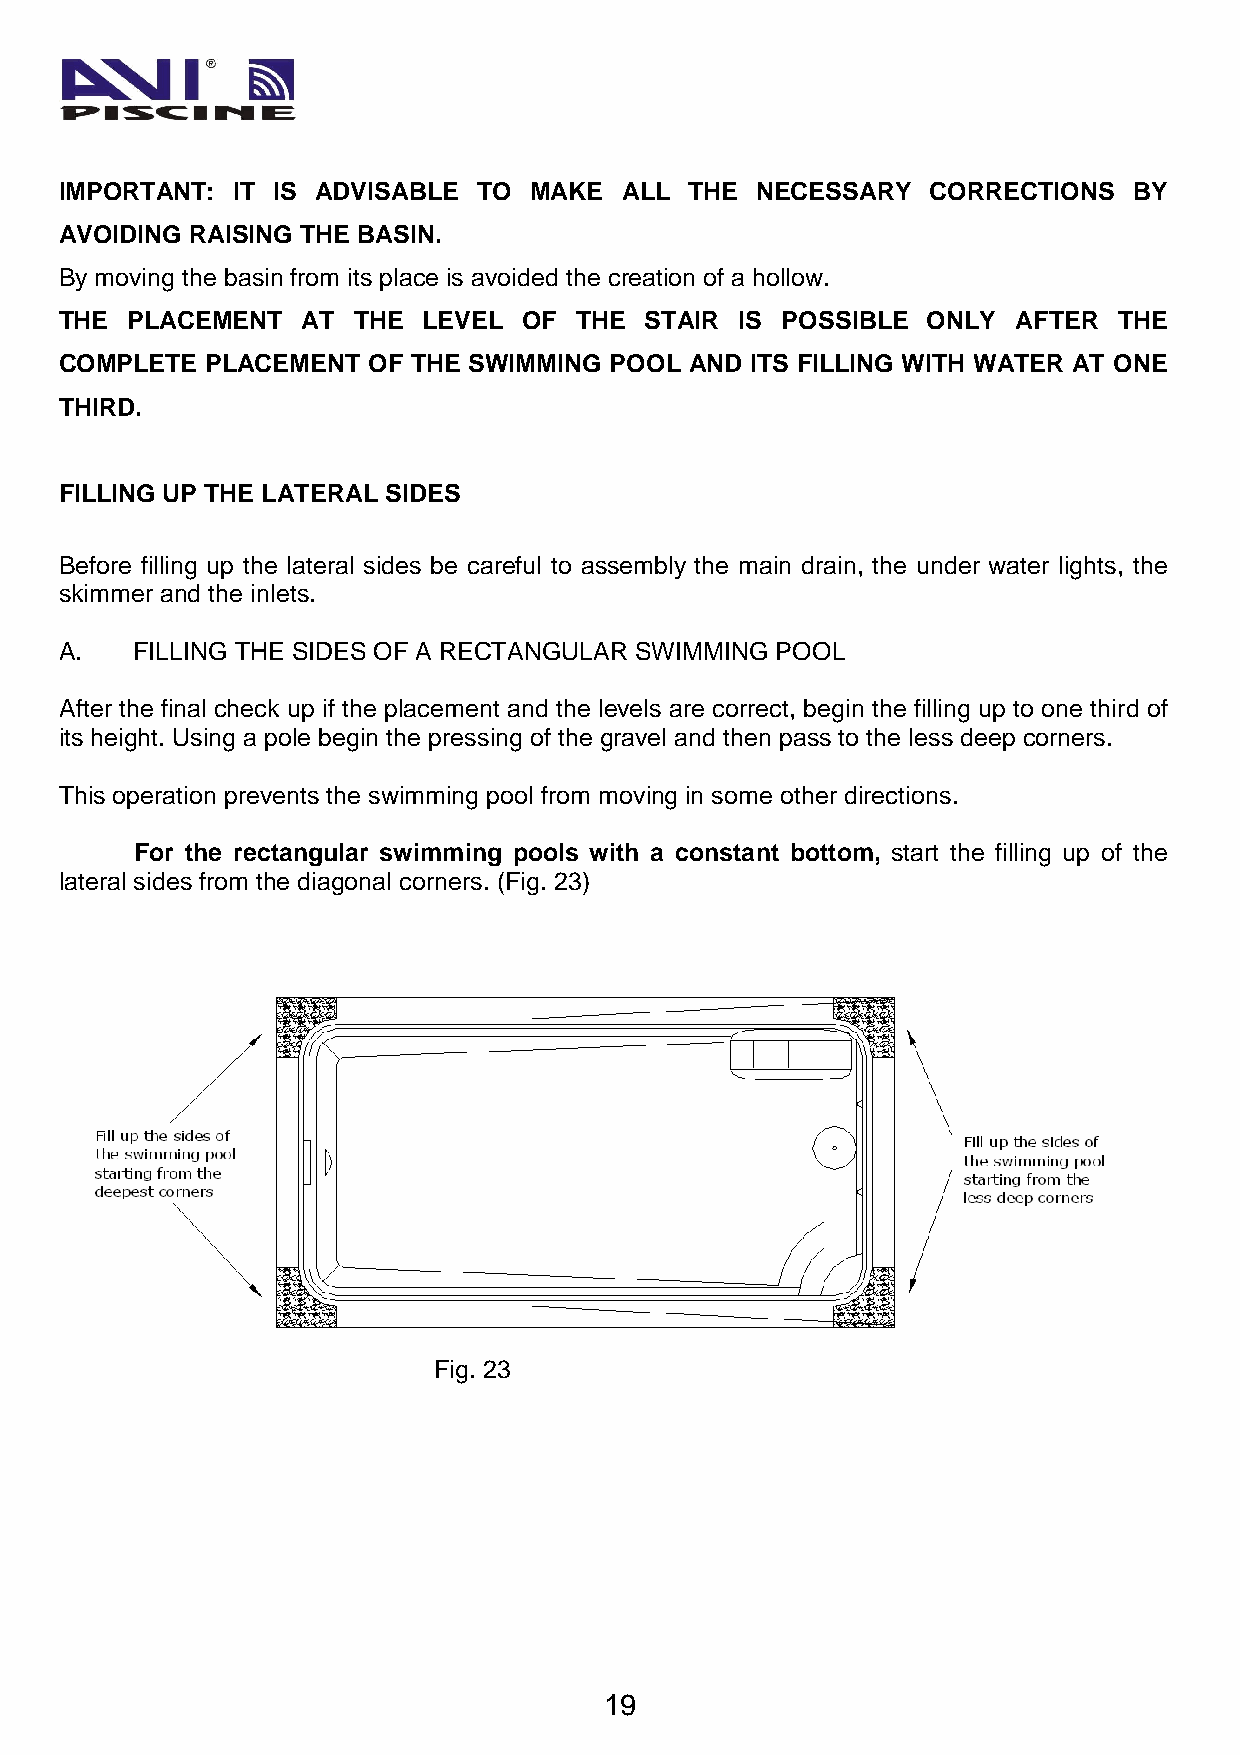
IMPORTANT: IT IS ADVISABLE  TO MAKE  ALL  THE NECESSARY   CORRECTIONS  BY
 AVOIDING RAISING THE BASIN.
 By moving the basin from its place is avoided the creation of a hollow.
 THE PLACEMENT   AT THE  LEVEL  OF THE  STAIR IS POSSIBLE ONLY  AFTER  THE
 COMPLETE  PLACEMENT OF THE SWIMMING POOL  AND ITS FILLING WITH WATER AT ONE
 THIRD.
 FILLING UP THE LATERAL SIDES
 Before filling up the lateral sides be careful to assembly the main drain, the under water lights, the
 skimmer and the inlets.
 A.   FILLING THE SIDES OF A RECTANGULAR SWIMMING POOL
 After the final check up if the placement and the levels are correct, begin the filling up to one third of
 its height. Using a pole begin the pressing of the gravel and then pass to the less deep corners.
 This operation prevents the swimming pool from moving in some other directions.
 For the rectangular swimming pools with a constant bottom, start the filling up of the
 lateral sides from the diagonal corners. (Fig. 23)
 Fig. 23
 19